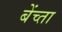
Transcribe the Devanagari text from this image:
बेंच्ता